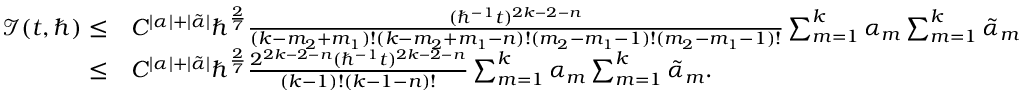
\begin{array} { r l } { \mathcal { I } ( t , \hbar ) \leq } & { C ^ { | \alpha | + | \tilde { \alpha } | } \hbar ^ { \frac 2 7 } \frac { ( \hbar ^ { - 1 } t ) ^ { 2 k - 2 - n } } { ( k - m _ { 2 } + m _ { 1 } ) ! ( k - m _ { 2 } + m _ { 1 } - n ) ! ( m _ { 2 } - m _ { 1 } - 1 ) ! ( m _ { 2 } - m _ { 1 } - 1 ) ! } \sum _ { m = 1 } ^ { k } \alpha _ { m } \sum _ { m = 1 } ^ { k } \tilde { \alpha } _ { m } } \\ { \leq } & { C ^ { | \alpha | + | \tilde { \alpha } | } \hbar ^ { \frac 2 7 } \frac { 2 ^ { 2 k - 2 - n } ( \hbar ^ { - 1 } t ) ^ { 2 k - 2 - n } } { ( k - 1 ) ! ( k - 1 - n ) ! } \sum _ { m = 1 } ^ { k } \alpha _ { m } \sum _ { m = 1 } ^ { k } \tilde { \alpha } _ { m } . } \end{array}